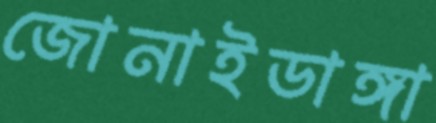
জোনাইডাঙ্গা